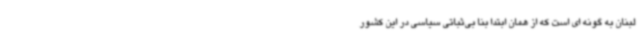
لبنان به گونه ای است که از همان ابتدا بنا بی‌ثباتی سیاسی در این کشور